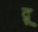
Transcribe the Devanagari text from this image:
द्रू